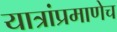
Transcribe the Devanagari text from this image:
यात्रांप्रमाणेच